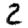
Digit: 2